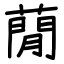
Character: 蕑